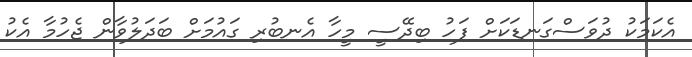
އެކަމަކު ދުވަސްގަނޑަކަށް ފަހު ބިދޭސީ މީހާ އެނބުރި ގައުމަށް ބަދަލުވާން ޖެހުމާ އެކު